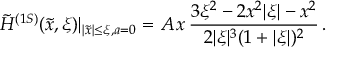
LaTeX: \tilde { H } ^ { ( 1 S ) } ( \tilde { x } , \xi ) | _ { | \tilde { x } | \leq \xi , a = 0 } = A \, x \, \frac { 3 \xi ^ { 2 } - 2 x ^ { 2 } | \xi | - x ^ { 2 } } { 2 | \xi | ^ { 3 } ( 1 + | \xi | ) ^ { 2 } } \, .